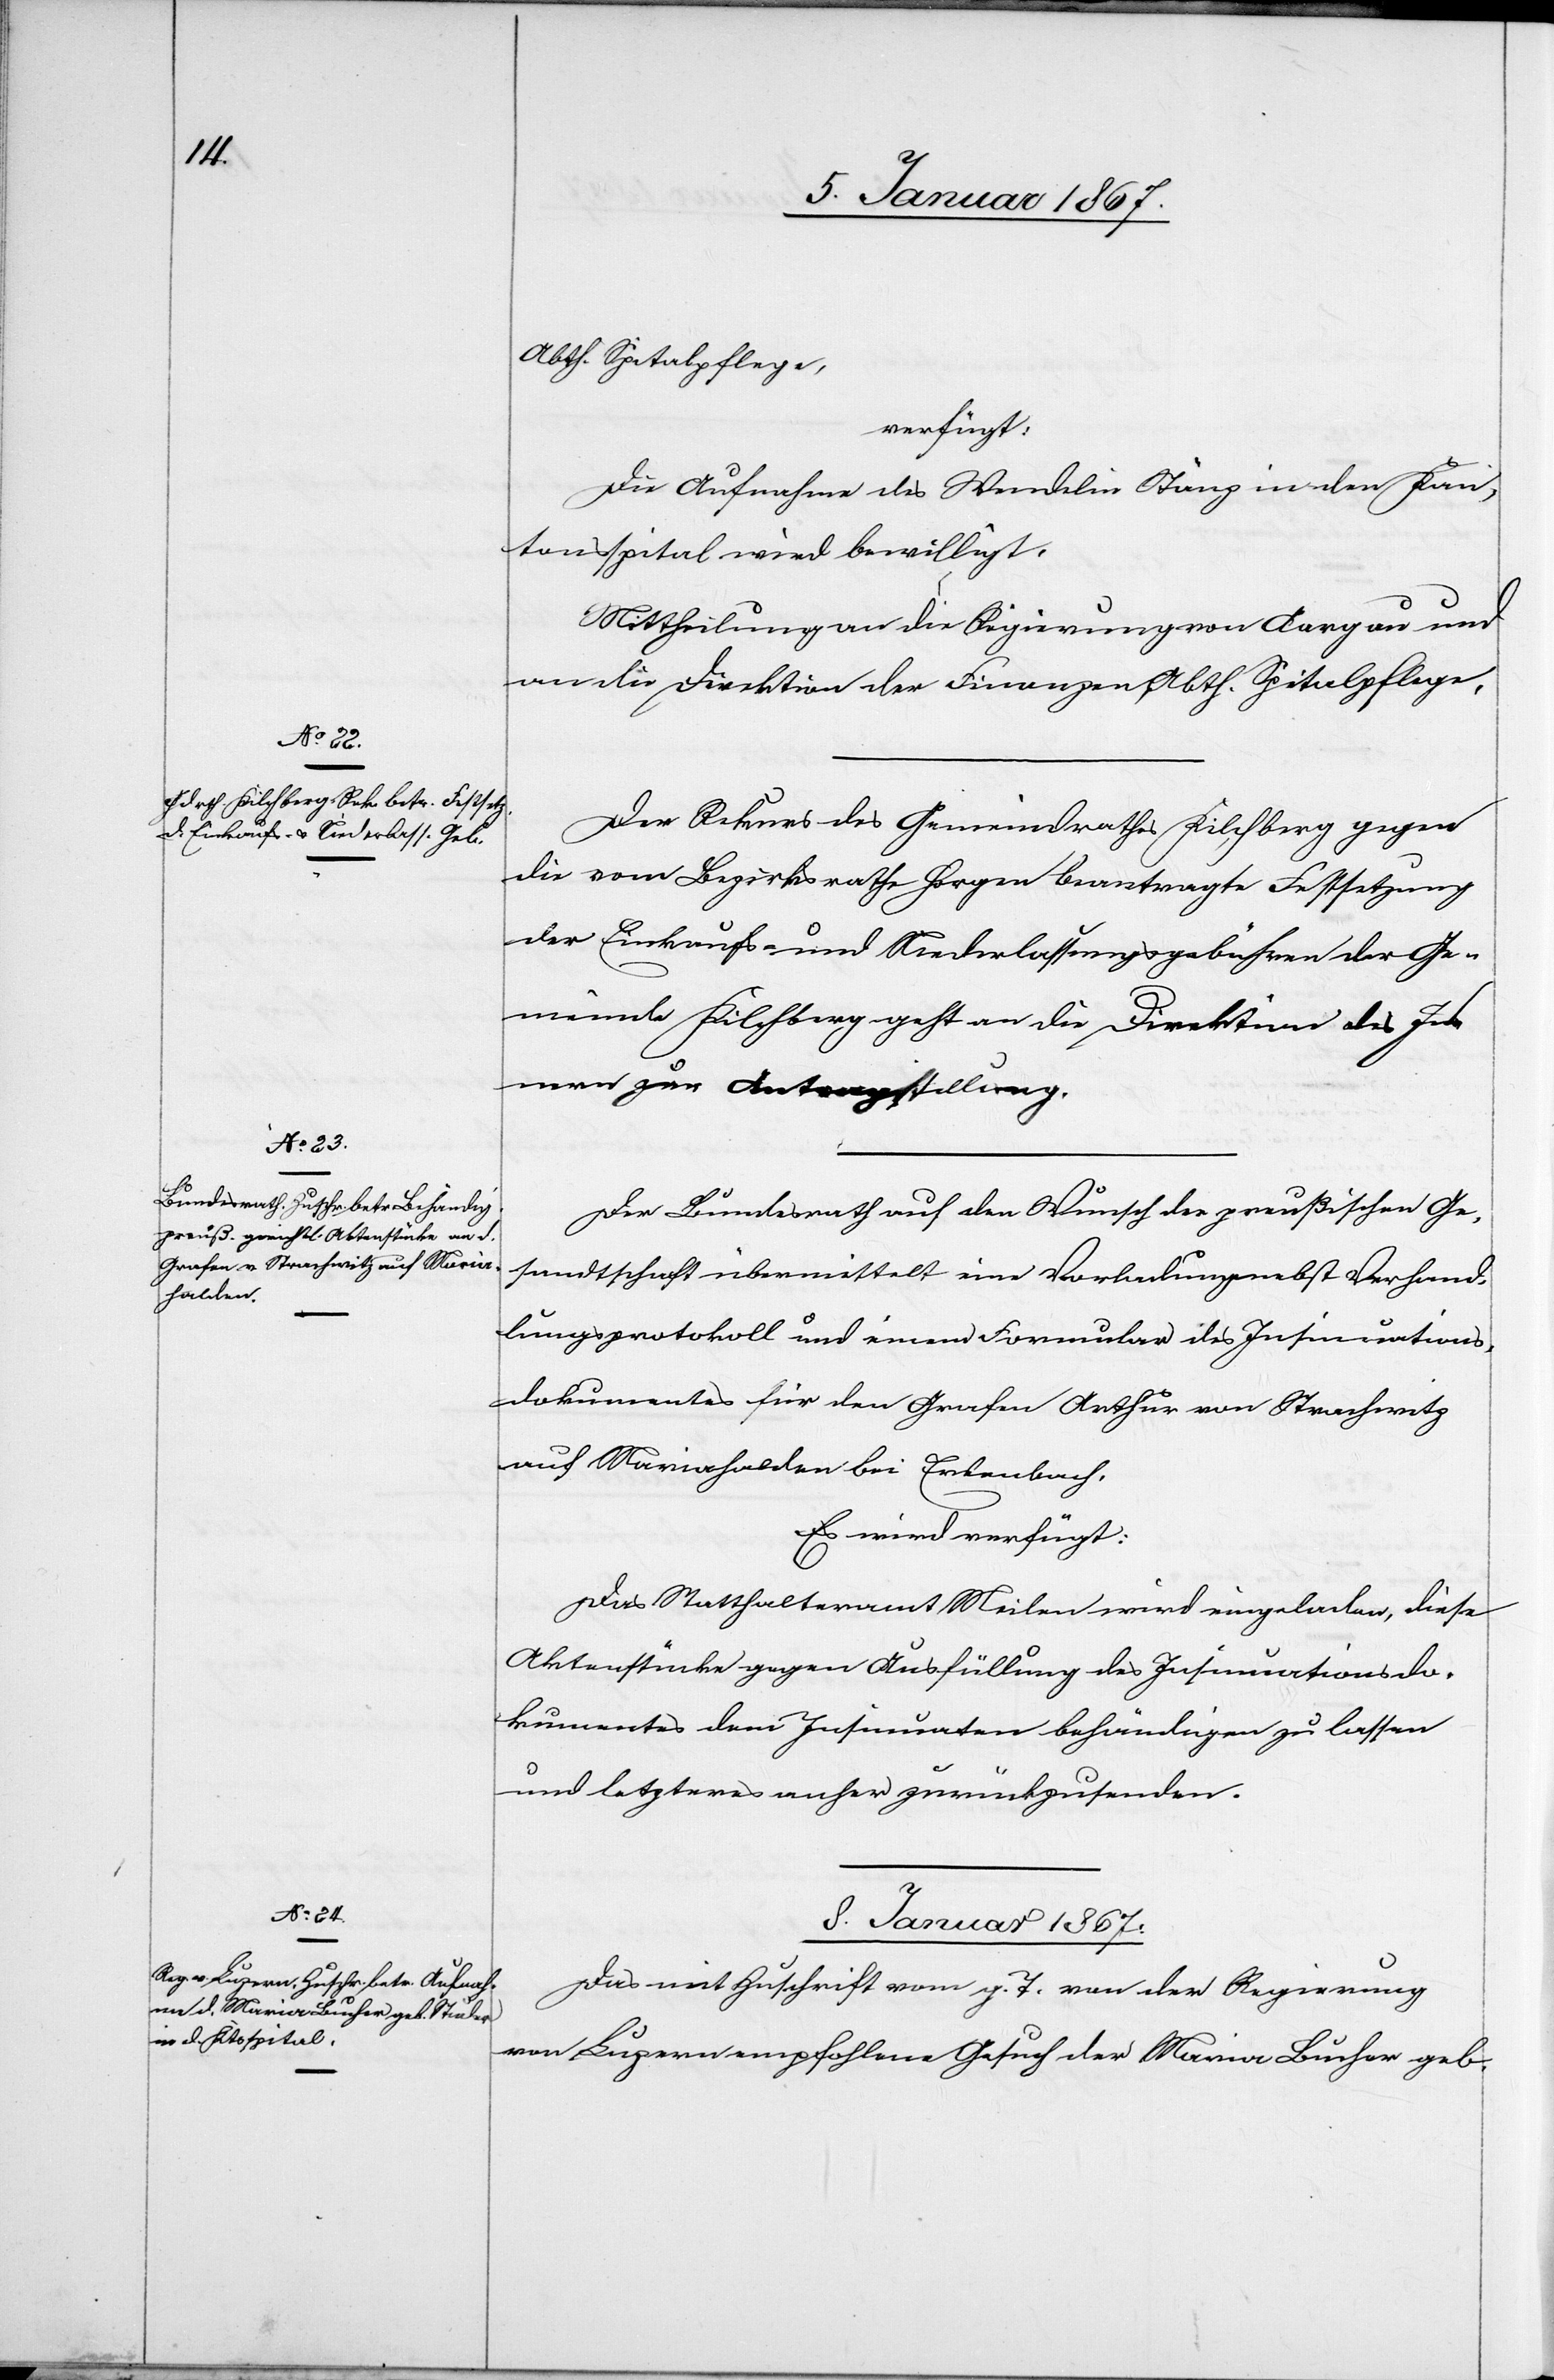
Abth. Spitalpflege,
verfügt:
Die Aufnahme des Wendelin Stänz in den Kan¬
tonsspital wird bewilligt.
Mittheilung an die Regierung von Aargau und
an die Direktion der Finanzen, Abth. Spitalpflege.
Der Rekurs des Gemeindrathes Kilchberg gegen
die vom Bezirksrathe Horgen beantragte Festsetzung
der Einkaufs- und Niederlassungsgebühren der Ge¬
meinde Kilchberg geht an die Direktion des In¬
nern zur Antragstellung.
Der Bundesrath auf den Wunsch der preußischen Ge¬
sandtschaft übermittelt eine Vorladung nebst Verhand¬
lungsprotokoll und einem Formular des Insinuations¬
dokumentes für den Grafen Arthur von Strachwitz
auf Mariahalden bei Erlenbach.
Es wird verfügt:
Das Statthalteramt Meilen wird eingeladen, diese
Aktenstücke gegen Ausfüllung des Insinuationsdo¬
kumentes dem Insinuaten behändigen zu lassen
und letzteres anher zurückzusenden.
8. Januar 1867
Das mit Zuschrift vom g. T. von der Regierung
von Luzern empfohlene Gesuch der Maria Bucher geb.